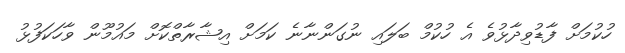
ހުކުމަށް ފާޑުވިދާޅުވެ އެ ހުކުމް ބަލައި ނުގަންނާނެ ކަމަށް އިޝާރާތްކޮށް މައުމޫން ވާހަކަފުޅު